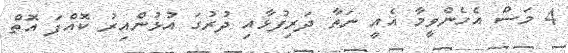
4 މަސް އެހެންވީމާ އެއީ ނަތާ ދަރިފުޅާއި ދުރުގަ އުޅުންއިރު ކޮއްފަ އޮތް